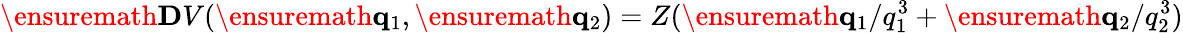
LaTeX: \ensuremath{\mathbf{D}}V(\ensuremath{\mathbf{q}}_{1},\ensuremath{\mathbf{q}}_{2})=Z(\ensuremath{\mathbf{q}}_{1}/q_{1}^{3}+\ensuremath{\mathbf{q}}_{2}/q_{2}^{3})